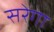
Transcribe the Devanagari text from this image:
सरेगा